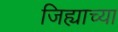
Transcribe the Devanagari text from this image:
जिह्याच्या